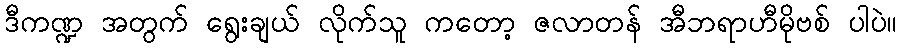
ဒီကဏ္ဍ အတွက် ရွေးချယ် လိုက်သူ ကတော့ ဇလာတန် အီဘရာဟီမိုဗစ် ပါပဲ။